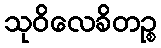
သုဝိလေခိတဉ္စ